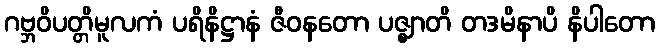
ဂဗ္ဘဝိပတ္တိမူလကံ ပရိနိဋ္ဌာနံ ဇီဝနတော ပဇ္ဈာတိ တဒမိနာပိ နိပါတော